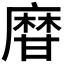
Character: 𤯌